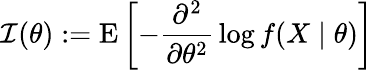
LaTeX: {\cal{I}}(\theta):=\operatorname{E}\left[-{\frac{\partial^{2}}{\partial\theta^{2}}}\log f(X\mid\theta)\right]